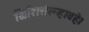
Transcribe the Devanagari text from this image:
क्षिशिरोरूहावहे।